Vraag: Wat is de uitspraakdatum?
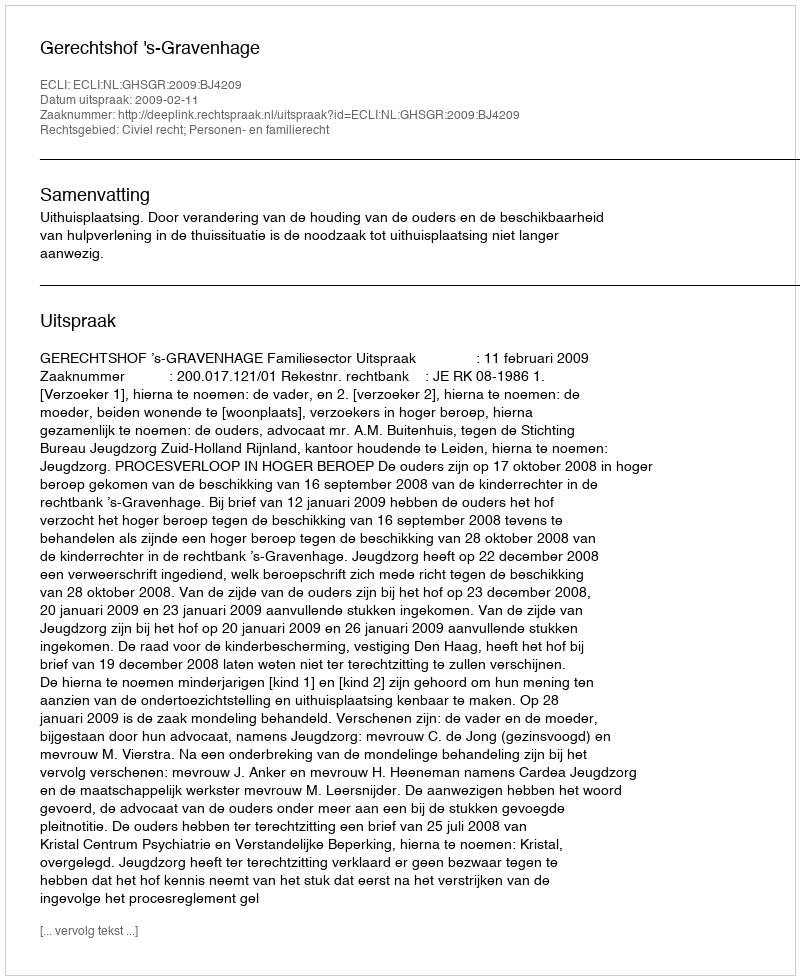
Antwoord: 2009-02-11